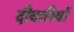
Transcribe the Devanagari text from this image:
दीवारियों